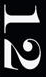
12